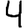
Digit: 4